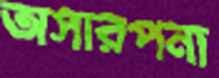
অসারপনা